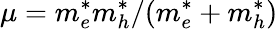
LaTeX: \mu=m_{e}^{*}m_{h}^{*}/(m_{e}^{*}+m_{h}^{*})